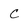
Character: c